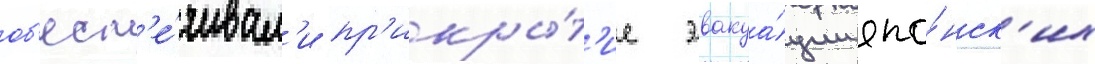
об'есп'е́чивал'и пр'икры́т'ие эвакуа́ции япо́нск'их